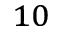
^ { 1 0 }